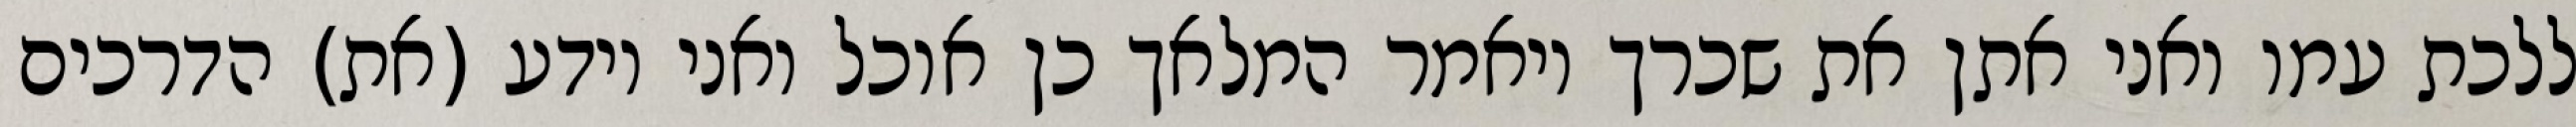
ללכת עמו ואני אתן את שכרך ויאמר המלאך כן אוכל ואני יודע (את) הדרכים